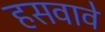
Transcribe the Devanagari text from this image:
हसवावे